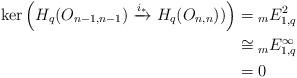
LaTeX: \begin{align*}\ker \left( H_{q}(O_{n-1,n-1}) \xrightarrow{i_{*}} H_{q}(O_{n, n}))\right) &= {}_{m}E^{2}_{1,q} \\&\cong {}_{m}E^{\infty}_{1,q} \\&= 0\end{align*}